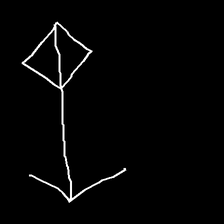
Glyph: focus